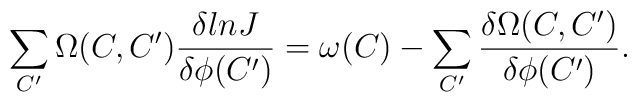
\sum_{C'}\Omega (C,C'){\delta lnJ\over\delta\phi (C')}=\omega(C)-\sum_{C'}{\delta \Omega (C,C')\over\delta\phi (C')}.